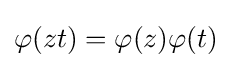
\varphi (zt)=\varphi (z)\varphi (t)